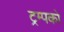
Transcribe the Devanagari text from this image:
ट्रम्पको